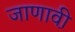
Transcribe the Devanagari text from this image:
जाणावी़